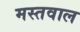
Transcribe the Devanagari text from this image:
मस्तवाल